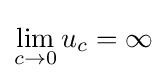
\lim _{c\to 0}u_{c}=\infty